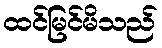
ထင်မြင်မိသည်